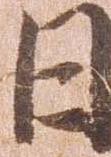
日